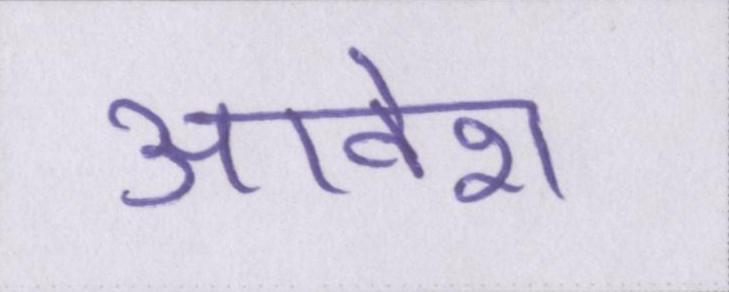
आवेश